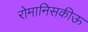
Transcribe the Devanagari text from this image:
रोमानिसकीऊ